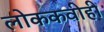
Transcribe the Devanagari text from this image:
लोककवीही